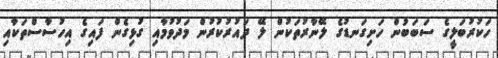
ހަކުރުބަލީގެ ސަބަބުން ހަށިގަނޑުގެ ލޭނާރުތަކުން ލޭ ދައުރުކުރުން މަދުވުމާއި ގުޅިގެން ފައިގެ އިހުސާސްތަަކާއި